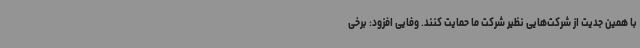
با همین جدیت از شرکت‌هایی نظیر شرکت ما حمایت کنند. وفایی افزود: برخی